Vaccination report Assam 1896-1927 - 1896-1927
Year: 1896
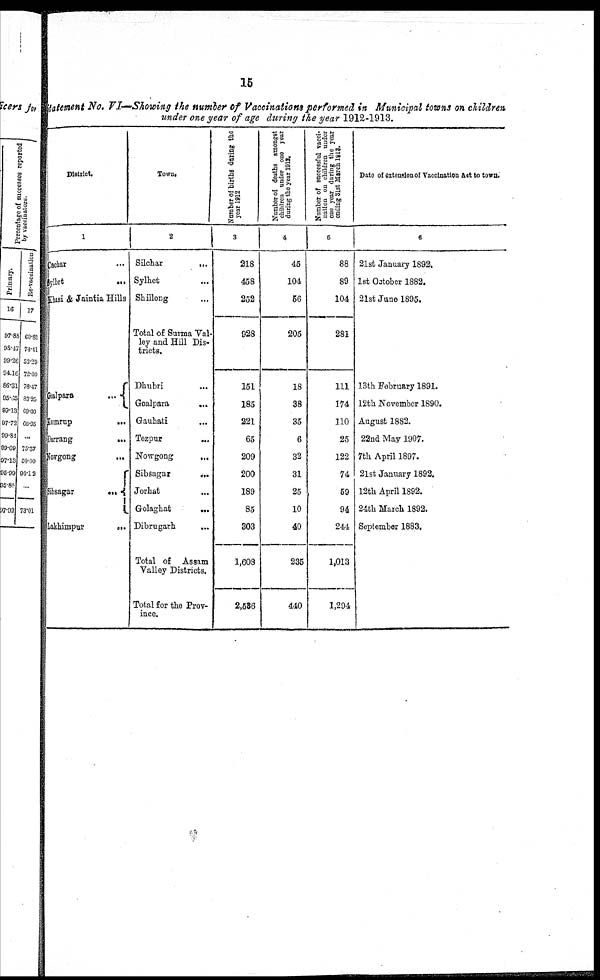
15
Statement No. VI—Showing the number of Vaccinations performed in Municipal towns on children
under one year of age during the year 1912-1913.
District.
1
Cachar ...
Syllet
...
Khasi & Jaintia Hills
Galpara
...
Hamrup
...
Darrang
...
Nowgong
...
Sibsagar
...
Lakhimpur
...
Town.
2
Silchar
...
Sylhet ...
Shillong ...
Total of Surma Val-
ley and Hill Dis-
tricts.
Dhubri ...
Goalpara
...
Gauhati ...
Tezpur ...
Nowgong
...
Sibsagar
...
Jorhat ...
Golaghat ...
Dibrugarh ...
Total of
Assam
Valley Districts.
Total for the Prov-
ince.
Number of births during the
year 1912
3
218
458
252
928
151
185
221
65
209
200
189
85
303
1,608
2,536
Number of deaths amongst
children under one year
during the year 1917.
4
45
104
56
205
18
38
35
6
32
31
25
10
40
235
440
Number of successful vacci-
nation on children under
one year during the year
ending Slat March 1913.
5
88
89
104
281
111
174
110
25
122
74
59
94
244
1,013
1,294
Date of extension of Vaccination Act to town.
6
21st January 1892.
1st October 1882.
21st June 1895.
13th February 1891.
12th November 1890.
August 1882.
22nd May 1907.
7th April 1897.
21st January 1892.
12th April 1892.
24th March 1892.
September 1883.